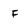
Character: F